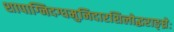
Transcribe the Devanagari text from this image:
शापाग्निदग्धमुनिदारशिलोद्धराङ्घ्रेः